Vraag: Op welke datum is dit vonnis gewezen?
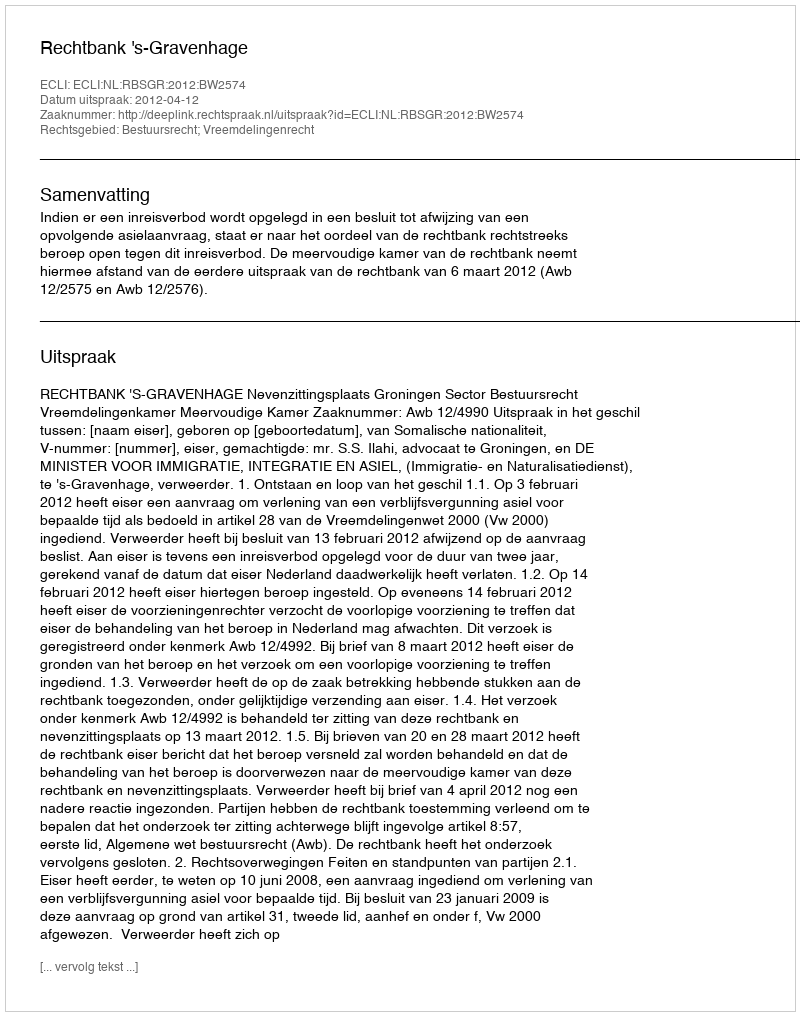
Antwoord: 2012-04-12